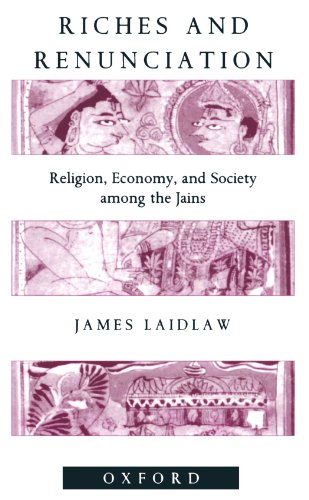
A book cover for Riches and Renunciation: Religion, Economy, and Society among the Jains (Oxford Studies in Social and Cultural Anthropology); James Laidlaw; Religion & Spirituality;